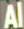
Al